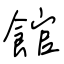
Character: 館